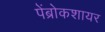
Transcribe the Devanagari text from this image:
पेंब्रोकशायर